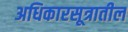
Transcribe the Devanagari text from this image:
अधिकारसूत्रातील